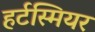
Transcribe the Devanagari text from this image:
हर्टस्मियर